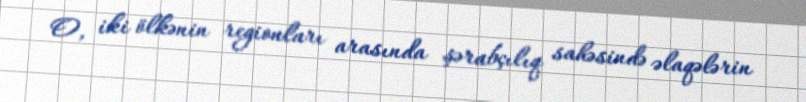
O, iki ölkənin regionları arasında şərabçılıq sahəsində əlaqələrin